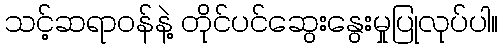
သင့်ဆရာဝန်နဲ့ တိုင်ပင်ဆွေးနွေးမှုပြုလုပ်ပါ။